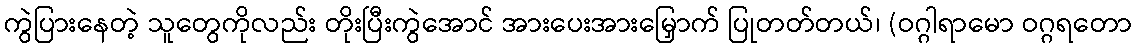
ကွဲပြားနေတဲ့ သူတွေကိုလည်း တိုးပြီးကွဲအောင် အားပေးအားမြှောက် ပြုတတ်တယ်၊ (ဝဂ္ဂါရာမော ဝဂ္ဂရတော